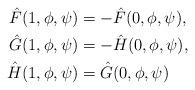
LaTeX: \begin{align*}\begin{aligned}\hat{F}(1,\phi,\psi)&=-\hat{F}(0,\phi,\psi), \\\hat{G}(1,\phi,\psi)&=-\hat{H}(0,\phi,\psi), \\\hat{H}(1,\phi,\psi)&=\hat{G}(0,\phi,\psi)\end{aligned}\end{align*}